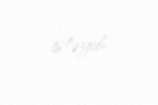
istəyib.